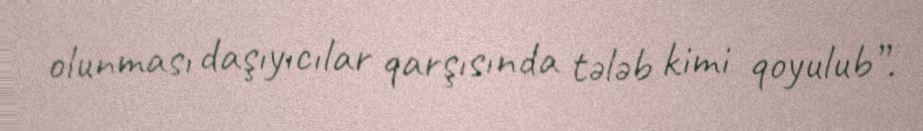
olunması daşıyıcılar qarşısında tələb kimi qoyulub”.